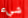
شيء